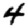
Digit: 4